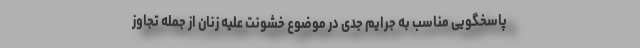
پاسخگویی مناسب به جرایم جدی در موضوع خشونت علیه زنان از جمله تجاوز